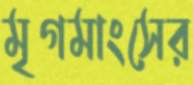
মৃগমাংসের